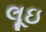
લૂઇ